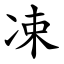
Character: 凁